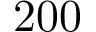
2 0 0